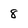
Character: 8